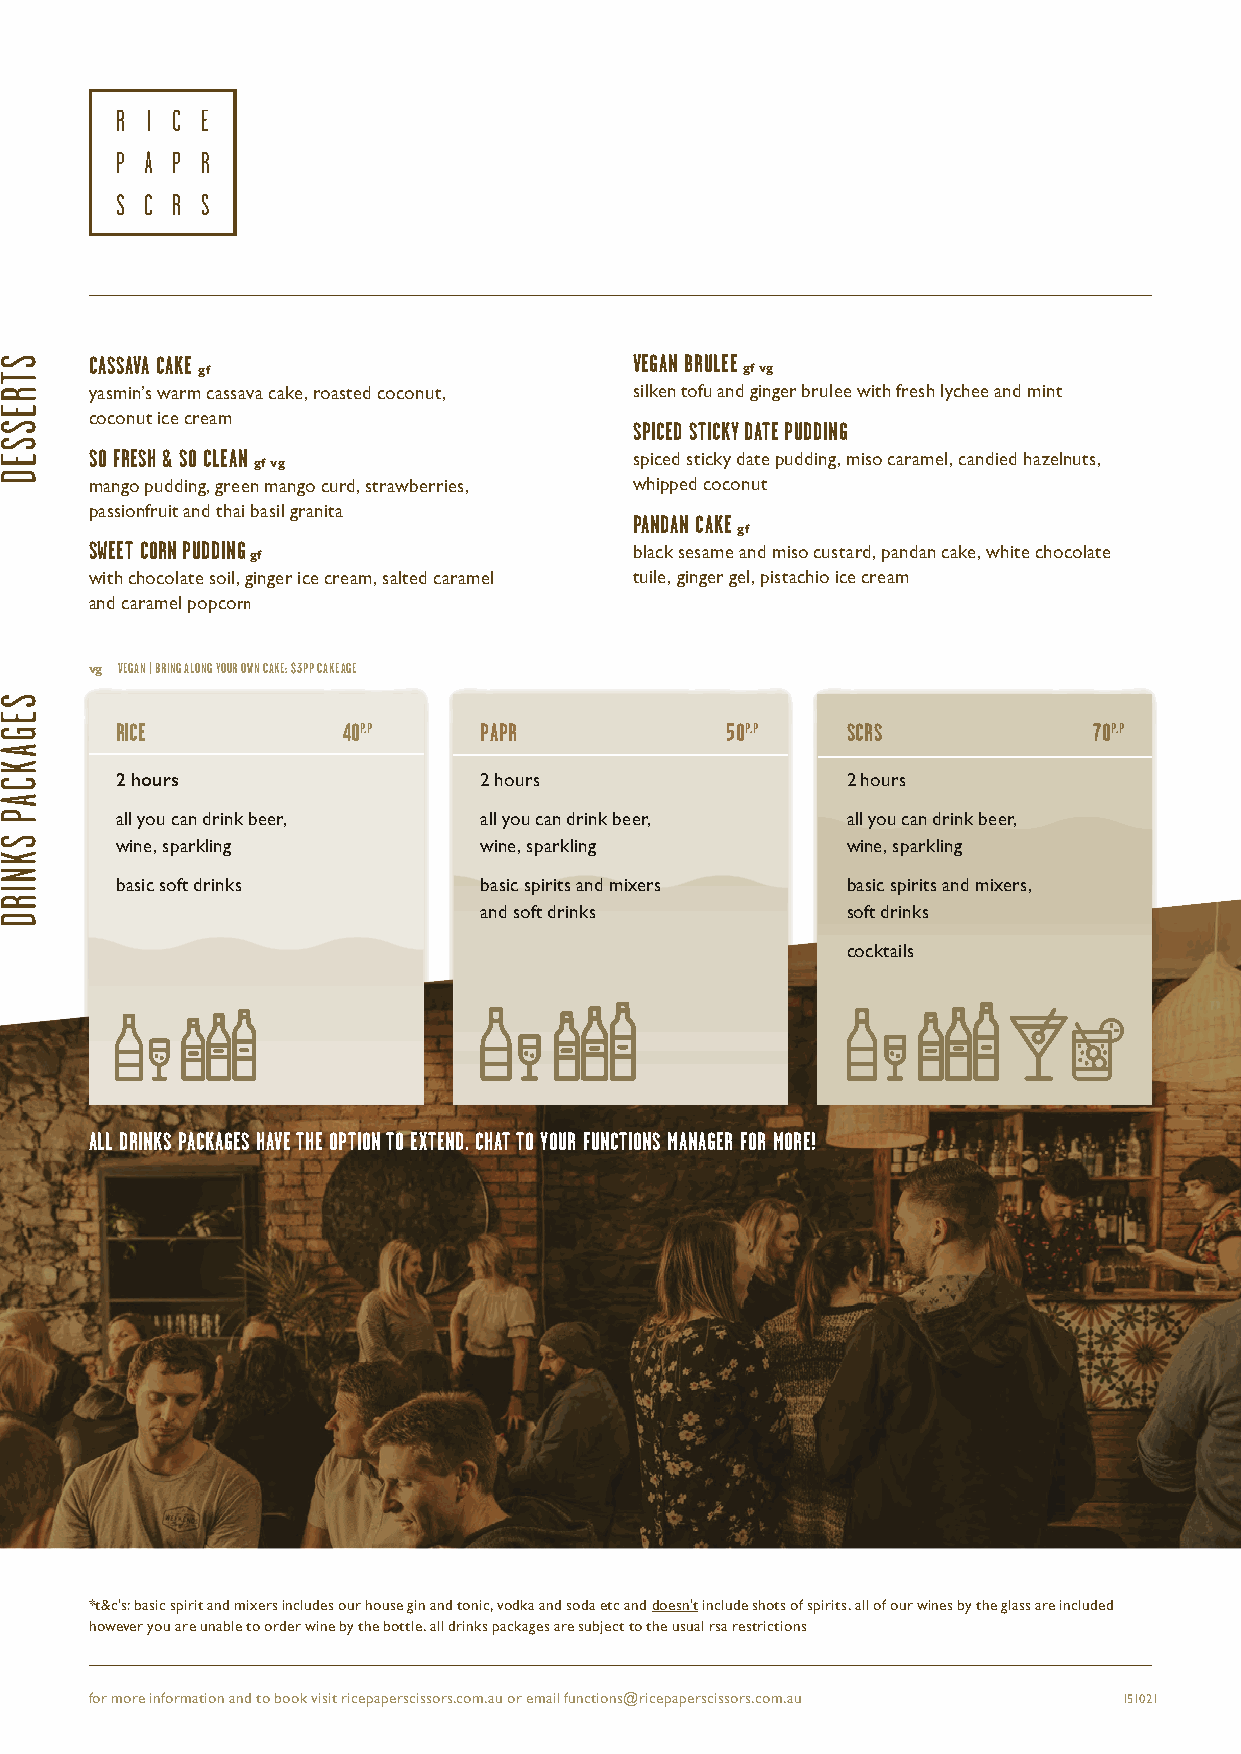
CASSAVA CAKE                        VEGAN BRULEE
 gf                                  gf vg
 yasmin’s warm cassava cake, roasted coconut, silken tofu and ginger brulee with fresh lychee and mint
 coconut ice cream
 SPICED STICKY DATE PUDDING
 SO FRESH & SO CLEAN                 spiced sticky date pudding, miso caramel, candied hazelnuts,
 gf vg
 mango pudding, green mango curd, strawberries, whipped coconut
 passionfruit and thai basil granita
 PANDAN CAKE
 gf
 SWEET CORN PUDDING                  black sesame and miso custard, pandan cake, white chocolate
 gf
 with chocolate soil, ginger ice cream, salted caramel tuile, ginger gel, pistachio ice cream
 and caramel popcorn
 vg VEGAN | BRING ALONG YOUR OWN CAKE: $3PP CAKEAGE
 RICE           40P.P    PAPR            50P.P   SCRS            70P.P
 2 hours                 2 hours                 2 hours
 all you can drink beer, all you can drink beer, all you can drink beer,
 wine, sparkling         wine, sparkling         wine, sparkling
 basic soft drinks       basic spirits and mixers basic spirits and mixers,
 and soft drinks         soft drinks
 cocktails
 ALL DRINKS PACKAGES HAVE THE OPTION TO EXTEND. CHAT TO YOUR FUNCTIONS MANAGER FOR MORE!
 *t&c’s: basic spirit and mixers includes our house gin and tonic, vodka and soda etc and doesn’t include shots of spirits. all of our wines by the glass are included
 however you are unable to order wine by the bottle. all drinks packages are subject to the usual rsa restrictions
 for more information and to book visit ricepaperscissors.com.au or email functions@ricepaperscissors.com.au 151021
 STRESSED
 SEGAKCAP
 SKNIRD